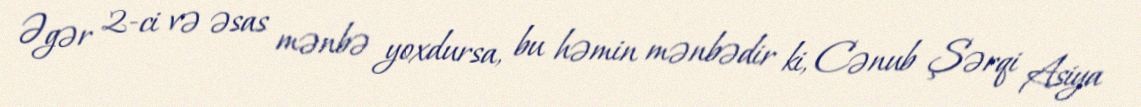
Əgər 2-ci və əsas mənbə yoxdursa, bu həmin mənbədir ki, Cənub Şərqi Asiya